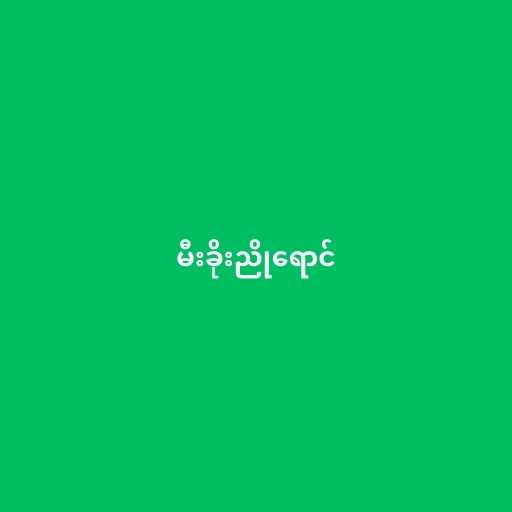
မီးခိုးညိုရောင်